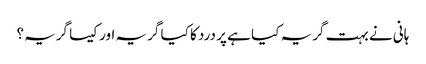
ہانی نے بہت گریہ کیا ہے پر درد کا کیا گریہ اور کیسا گریہ؟